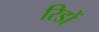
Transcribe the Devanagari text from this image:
रिडों